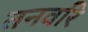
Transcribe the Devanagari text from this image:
तनवरि